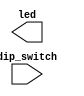
`timescale 1ns / 1ps
//////////////////////////////////////////////////////////////////////////////////
// Company: 
// Engineer: 
// 
// Create Date: 
// Design Name: 
// Module Name: control_LED
// Project Name: 
// Target Devices: 
// Tool Versions: 
// Description: 
// 
// Dependencies: 
// 
// Revision:
// Revision 0.01 - File Created
// Additional Comments:
// 
//////////////////////////////////////////////////////////////////////////////////


module control_LED(
    input [0:7] dip_switch,
    output [0:7] led
    );
    // write code here
endmodule